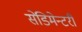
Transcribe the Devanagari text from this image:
सेडिमेन्टरी